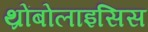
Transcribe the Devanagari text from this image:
थ्रोंबोलाइसिस